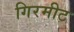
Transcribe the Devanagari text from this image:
गिरमीट